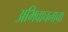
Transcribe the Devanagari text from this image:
अभिवाचनाचा